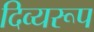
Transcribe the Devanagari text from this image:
दिव्यरूप